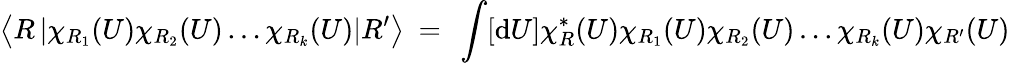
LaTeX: \left<R\left|\chi_{R_{1}}(U)\chi_{R_{2}}(U)\ldots\chi_{R_{k}}(U)\right|R^{\prime}\right>~=~\int[\mathrm{d}U]\chi_{R}^{*}(U)\chi_{R_{1}}(U)\chi_{R_{2}}(U)\ldots\chi_{R_{k}}(U)\chi_{R^{\prime}}(U)